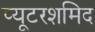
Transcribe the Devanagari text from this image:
प्यूटरशमिद